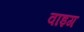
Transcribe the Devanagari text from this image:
वाइग